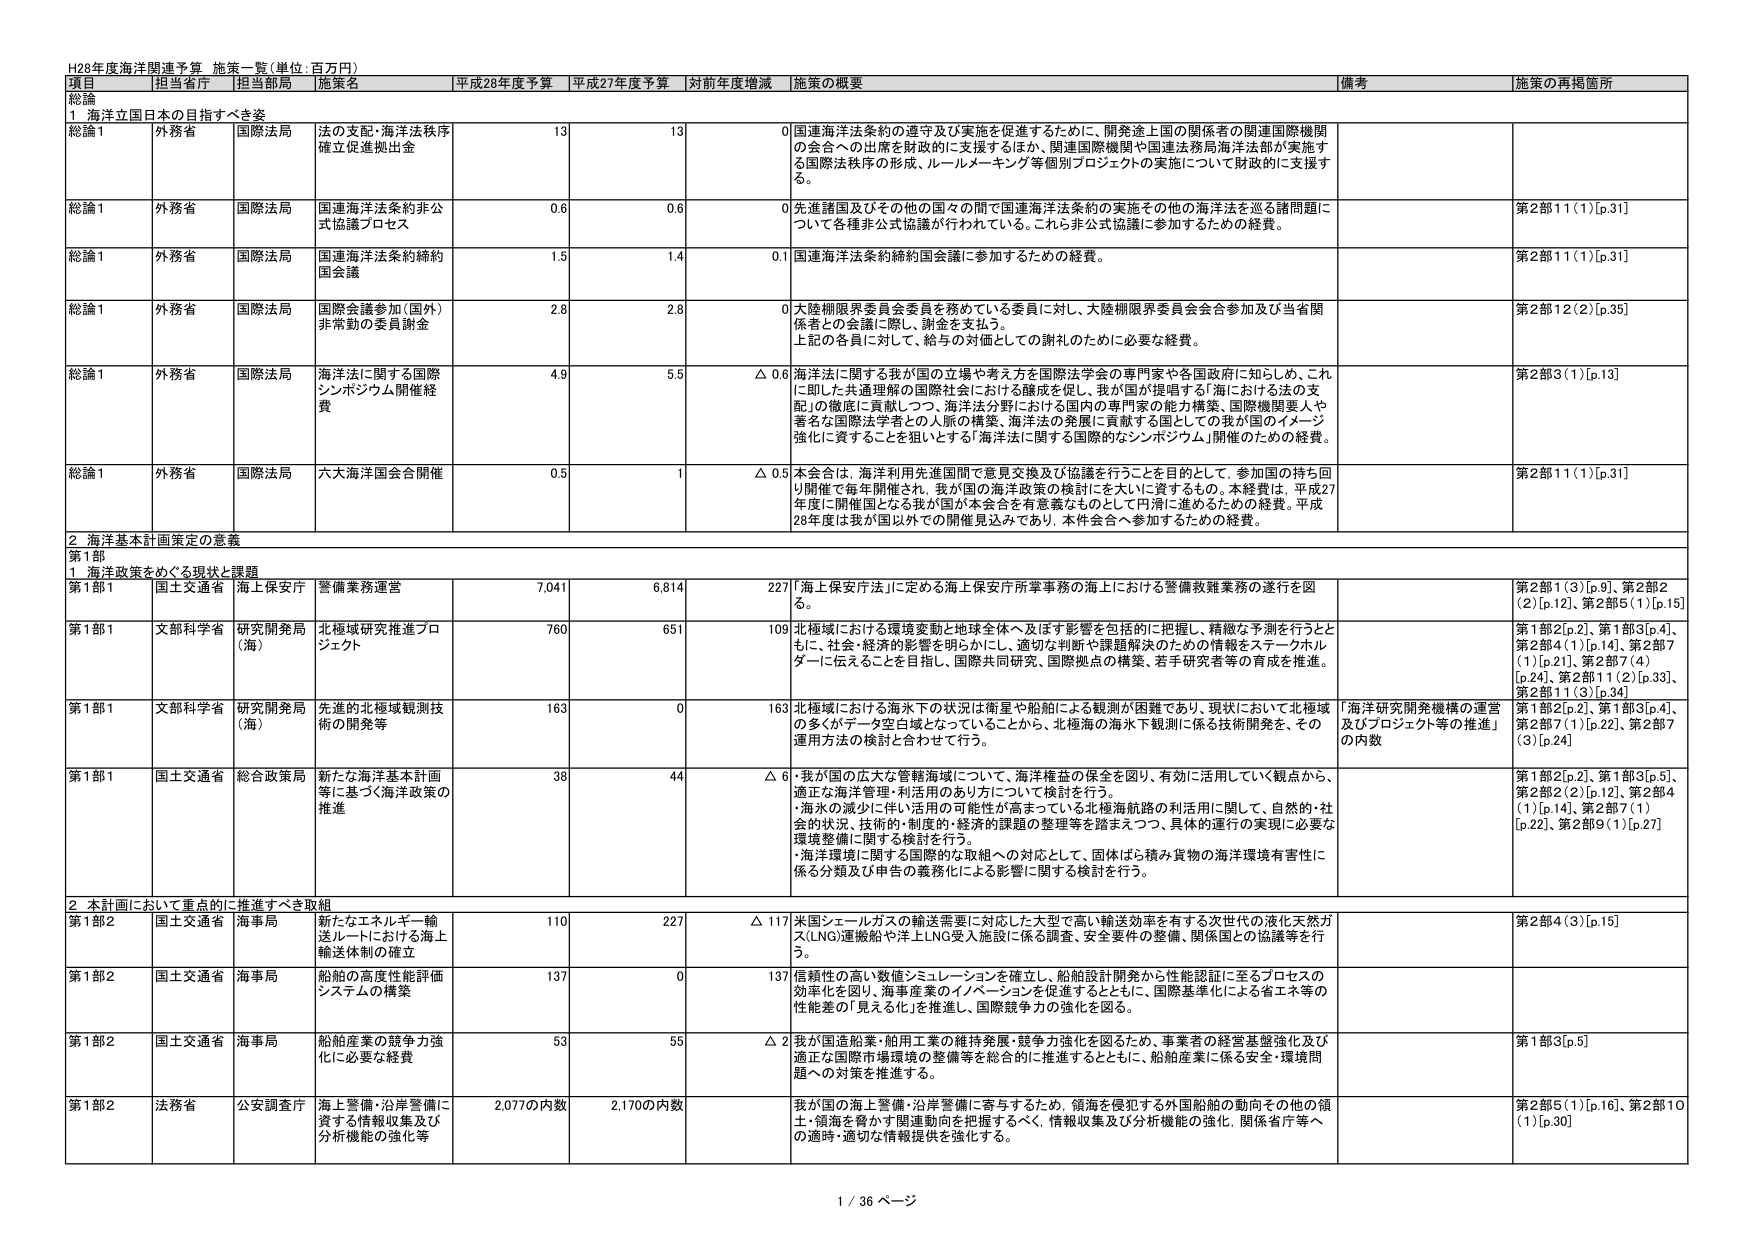
H28年度海洋関連予算 施策一覧(単位:百万円)

項目 担当省庁 担当局 施策名 平成28年度予算 平成27年度予算 対前年度増減 施策の概要 備考 施策の再掲箇所

総論

1 海洋立国日本の目指すべき姿

総論1 外務省 国際法局 法の支配・海洋法秩序確立促進拠出金 13 13 0 国連海洋法条約の遵守及び実施を促進するために、開発途上国の関係者の関連国際機関の会合への出席を財政的に支援するほか、関連国際機関や国連法務局海洋法部が実施する国際法秩序の形成、ルールメーキング等個別プロジェクトの実施について財政的に支援する。

総論1 外務省 国際法局 国連海洋法条約非公式協議プロセス 0.6 0.6 0 先進諸国及びその他の国々の間で国連海洋法条約の実施その他の海洋法を巡る諸問題について各種非公式協議が行われている。これら非公式協議に参加するための経費。 第2部11(1)[p.31]

総論1 外務省 国際法局 国連海洋法条約締約国会議 1.5 1.4 0.1 国連海洋法条約締約国会議に参加するための経費。 第2部11(1)[p.31]

総論1 外務省 国際法局 国際会議参加(国外)非常勤の委員謝金 2.8 2.8 0 大陸棚限界委員会委員を務めている委員に対し、大陸棚限界委員会会合参加及び当省関係者との会議に際し、謝金を支払う。上記の各員に対して、給与の対価としての謝礼のために必要な経費。 第2部12(2)[p.35]

総論1 外務省 国際法局 海洋法に関する国際シンポジウム開催経費 4.9 5.5 △ 0.6 海洋法に関する我が国の立場や考え方を国際法学会の専門家や各国政府に知らしめ、これに即した共通理解の国際社会における醸成を促し、我が国が提唱する「海における法の支配」の徹底に貢献しつつ、海洋法分野における国内の専門家の能力構築、国際機関要人や著名な国際法学者との人脈の構築、海洋法の発展に貢献する国としての我が国のイメージ強化に資することを狙いとする「海洋法に関する国際的シンポジウム」開催のための経費。 第2部3(1)[p.13]

総論1 外務省 国際法局 六大海洋国会合開催 0.5 1 △ 0.5 本会合は、海洋利用先進国間で意見交換及び協議を行うことを目的として、参加国の持ち回り開催で毎年開催され、我が国の海洋政策の検討にきわめて資するもの。本経費は、平成27年度に開催国となる我が国が本会合を有意義なものとして円滑に進めるための経費。平成28年度は我が国以外での開催見込みであり、本件会合へ参加するための経費。 第2部11(1)[p.31]

2 海洋基本計画策定の意義

第1部

1 海洋政策をめぐる現状と課題

第1部1 国土交通省 海上保安庁 警備業務運営 7,041 6,814 227 「海上保安庁法」に定める海上保安庁所掌事務の海上における警備救難業務の遂行を図る。 (2)第1部1(3)[p.9]、第2部2(2)[p.12]、第2部5(1)[p.15]

第1部1 文部科学省 研究開発局(海) 北極域研究推進プロジェクト 760 651 109 北極域における環境変動と地球全体へ及ぼす影響を包括的に把握し、精緻な予測を行うとともに、社会・経済的影響を明らかにし、適切な判断や課題解決のための情報をステークホルダーに伝えることを目指し、国際共同研究、国際拠点の構築、若手研究者等の育成を推進。 第1部2[p.2]、第1部3[p.4]、第2部4(1)[p.14]、第2部7(1)[p.21]、第2部7(4)[p.24]、第2部11(2)[p.33]、第2部11(3)[p.34]

第1部1 文部科学省 研究開発局(海) 先進的北極域観測技術の開発等 163 0 163 北極域における海氷下の状況は衛星や船舶による観測が困難であり、現状において北極域の多くがデータ空白域となっていることから、北極海の海氷下観測に係る技術開発を、その運用方法の検討と合わせて行う。 「海洋研究開発機構の運営及びプロジェクト等の推進」の内数 第1部2[p.2]、第1部3[p.4]、第2部7(1)[p.22]、第2部7(3)[p.24]

第1部1 国土交通省 総合政策局 新たな海洋基本計画等に基づく海洋政策の推進 38 44 △ 6 ・我が国の広大な管轄海域について、海洋権益の保全を図り、有効に活用していく観点から、適正な海洋管理・利活用のあり方について検討を行う。・海氷の減少に伴い活用の可能性が高まっている北極海航路の利活用に関して、自然的・社会的状況、技術的・制度的・経済的課題の整理等を踏まえつつ、具体的運行の実現に必要な環境整備に関する検討を行う。・海洋環境に関する国際的な取組への対応として、固体ばら積み貨物の海洋環境有害性に係る分類及び申告の義務化による影響に関する検討を行う。 第1部2[p.2]、第1部3[p.5]、第2部2(2)[p.12]、第2部4(1)[p.14]、第2部7(1)[p.22]、第2部9(1)[p.27]

2 本計画において重点的に推進すべき取組

第1部2 国土交通省 海事局 新たなエネルギー輸送ルートにおける海上輸送体制の確立 110 227 △ 117 米国シェールガスの輸送需要に対応した大型で高い輸送効率を有する次世代の液化天然ガス(LNG)運搬船や洋上LNG受入施設に係る調査、安全要件の整備、関係国との協議等を行う。 第2部4(3)[p.15]

第1部2 国土交通省 海事局 船舶の高度性能評価システムの構築 137 0 137 信頼性の高い数値シミュレーションを確立し、船舶設計開発から性能認証に至るプロセスの効率化を図り、海事産業のイノベーションを促進するとともに、国際基準化による省エネ等の性能差の「見える化」を推進し、国際競争力の強化を図る。

第1部2 国土交通省 海事局 船舶産業の競争力強化に必要な経費 53 55 △ 2 我が国造船業・舶用工業の維持発展・競争力強化を図るため、事業者の経営基盤強化及び適正な国際市場環境の整備等を総合的に推進するとともに、船舶産業に係る安全・環境問題への対策を推進する。 第1部3[p.5]

第1部2 法務省 公安調査庁 海上警備・沿岸警備に資する情報収集及び分析機能の強化等 2,077の内数 2,170の内数 我が国の海上警備・沿岸警備に寄与するため、領海を侵犯する外国船舶の動向その他の領土・領海を脅かす関連動向を把握するべく、情報収集及び分析機能の強化、関係省庁等への適時・適切な情報提供を強化する。 第2部5(1)[p.16]、第2部10(1)[p.30]

1 / 36 ページ